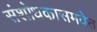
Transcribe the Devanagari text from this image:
संशोधकासमवेत